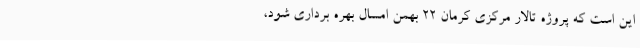
این است که پروژه تالار مرکزی کرمان 22 بهمن امسال بهره برداری شود،